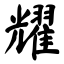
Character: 耀